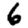
Digit: 6